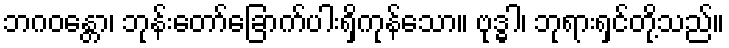
ဘဂဝန္တော၊ ဘုန်းတော်ခြောက်ပါးရှိကုန်သော။ ဗုဒ္ဓါ၊ ဘုရားရှင်တို့သည်။